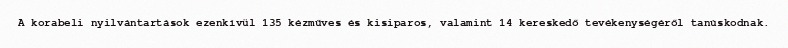
A korabeli nyilvántartások ezenkívül 135 kézműves és kisiparos, valamint 14 kereskedő tevékenységéről tanúskodnak.